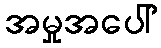
အမှုအပေါ်